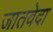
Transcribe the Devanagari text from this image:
जातवेदा